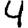
Digit: 4